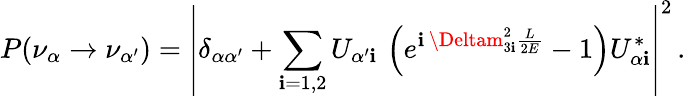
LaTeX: P(\nu_{\alpha}\to\nu_{\alpha^{\prime}})=\left|\delta_{\alpha\alpha^{\prime}}+\sum_{\mathbf{i}=1,2}U_{{\alpha^{\prime}}\mathbf{i}}\, \left(e^{\mathbf{i}\, \Deltam_{3\mathbf{i}}^{2}\frac{{L}}{{2E}}}-1\right)U_{{\alpha}\mathbf{i}}^{*}\right|^{2}\, .